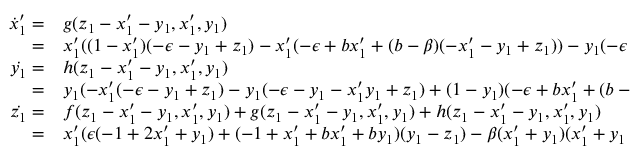
\begin{array} { r l } { \dot { x } _ { 1 } ^ { \prime } = } & { { } g ( z _ { 1 } - x _ { 1 } ^ { \prime } - y _ { 1 } , x _ { 1 } ^ { \prime } , y _ { 1 } ) } \\ { = } & { { } x _ { 1 } ^ { \prime } ( ( 1 - x _ { 1 } ^ { \prime } ) ( - \epsilon - y _ { 1 } + z _ { 1 } ) - x _ { 1 } ^ { \prime } ( - \epsilon + b x _ { 1 } ^ { \prime } + ( b - \beta ) ( - x _ { 1 } ^ { \prime } - y _ { 1 } + z _ { 1 } ) ) - y _ { 1 } ( - \epsilon + b x _ { 1 } ^ { \prime } + ( b - \beta ) ( - x _ { 1 } ^ { \prime } - y _ { 1 } + z _ { 1 } ) ) ) } \\ { \dot { y _ { 1 } } = } & { { } h ( z _ { 1 } - x _ { 1 } ^ { \prime } - y _ { 1 } , x _ { 1 } ^ { \prime } , y _ { 1 } ) } \\ { = } & { { } y _ { 1 } ( - x _ { 1 } ^ { \prime } ( - \epsilon - y _ { 1 } + z _ { 1 } ) - y _ { 1 } ( - \epsilon - y _ { 1 } - x _ { 1 } ^ { \prime } y _ { 1 } + z _ { 1 } ) + ( 1 - y _ { 1 } ) ( - \epsilon + b x _ { 1 } ^ { \prime } + ( b - \beta ) ( - x _ { 1 } ^ { \prime } - y _ { 1 } + z _ { 1 } ) ) ) } \\ { \dot { z _ { 1 } } = } & { { } f ( z _ { 1 } - x _ { 1 } ^ { \prime } - y _ { 1 } , x _ { 1 } ^ { \prime } , y _ { 1 } ) + g ( z _ { 1 } - x _ { 1 } ^ { \prime } - y _ { 1 } , x _ { 1 } ^ { \prime } , y _ { 1 } ) + h ( z _ { 1 } - x _ { 1 } ^ { \prime } - y _ { 1 } , x _ { 1 } ^ { \prime } , y _ { 1 } ) } \\ { = } & { { } x _ { 1 } ^ { \prime } ( \epsilon ( - 1 + 2 x _ { 1 } ^ { \prime } + y _ { 1 } ) + ( - 1 + x _ { 1 } ^ { \prime } + b x _ { 1 } ^ { \prime } + b y _ { 1 } ) ( y _ { 1 } - z _ { 1 } ) - \beta ( x _ { 1 } ^ { \prime } + y _ { 1 } ) ( x _ { 1 } ^ { \prime } + y _ { 1 } - z _ { 1 } ) ) + } \end{array}